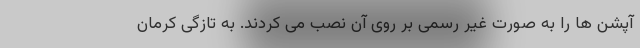
آپشن ها را به صورت غیر رسمی بر روی آن نصب می کردند. به تازگی کرمان